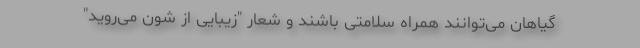
گیاهان می‌توانند همراه سلامتی باشند و شعار "زیبایی از شون می‌روید"